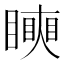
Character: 𥋢